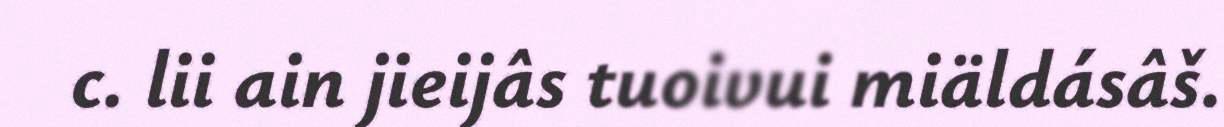
c. lii ain jieijâs tuoivui miäldásâš.